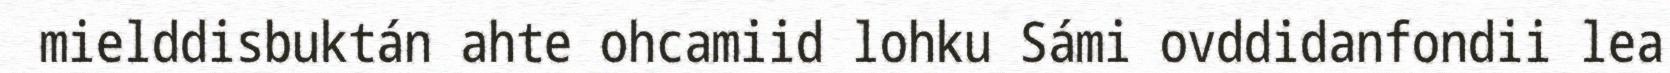
mielddisbuktán ahte ohcamiid lohku Sámi ovddidanfondii lea